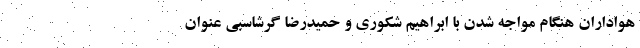
هواداران هنگام مواجه شدن با ابراهیم شکوری و حمیدرضا گرشاسبی عنوان